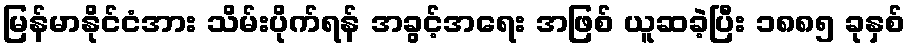
မြန်မာနိုင်ငံအား သိမ်းပိုက်ရန် အခွင့်အရေး အဖြစ် ယူဆခဲ့ပြီး ၁၈၈၅ ခုနှစ်